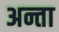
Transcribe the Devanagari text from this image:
अन्ता